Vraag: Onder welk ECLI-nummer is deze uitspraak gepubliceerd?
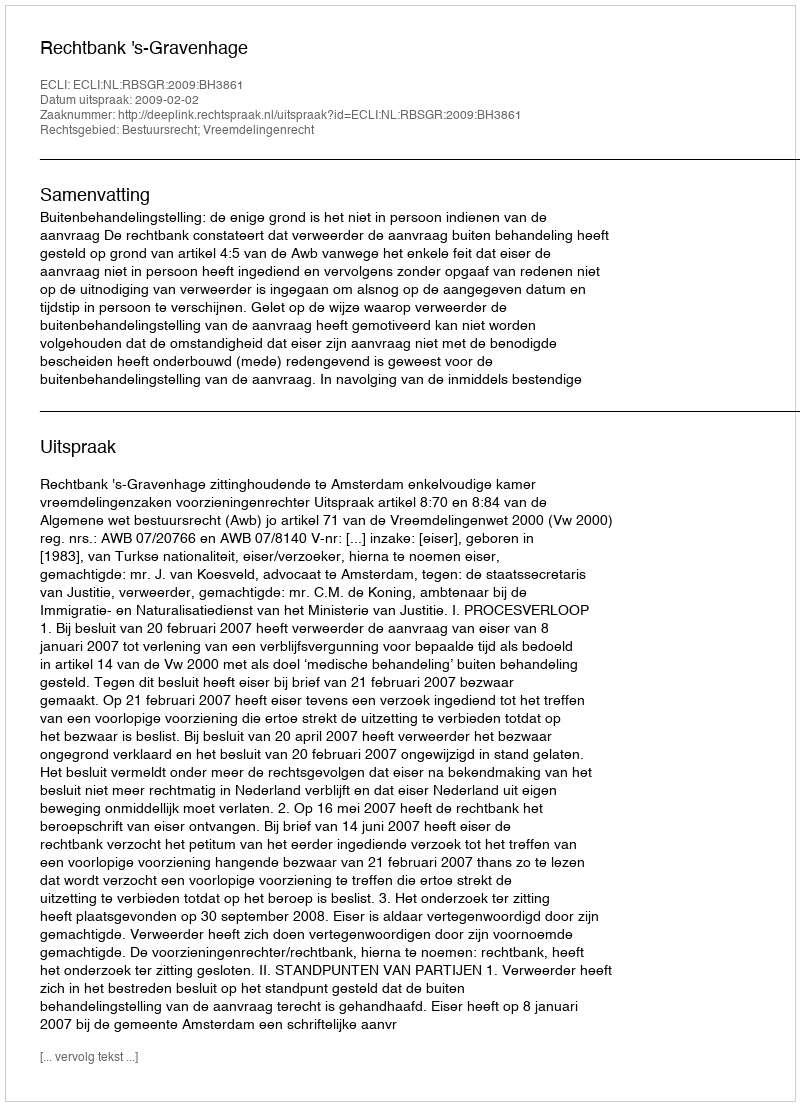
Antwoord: ECLI:NL:RBSGR:2009:BH3861